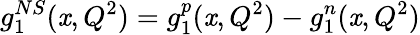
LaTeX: g_{1}^{NS}(\mathit{x},Q^{2})=g_{1}^{p}(\mathit{x},Q^{2})-g_{1}^{n}(\mathit{x},Q^{2})